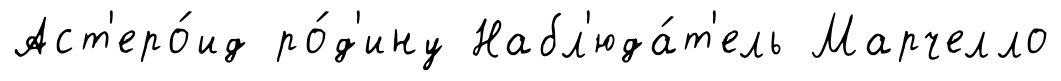
Аст'еро́ид ро́д'ину Набл'юда́т'ель Марчелло